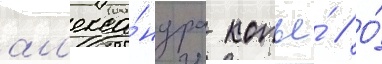
ал'екса́ндра копье́ // О́